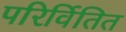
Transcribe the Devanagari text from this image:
परिर्वितित